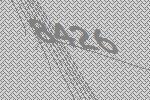
8426